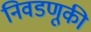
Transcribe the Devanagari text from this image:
निवडणूकी